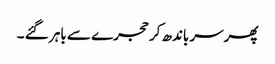
پھرسر باندھ کر حجرے سے باہر گئے ۔